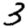
Digit: 3